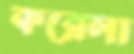
করেলা